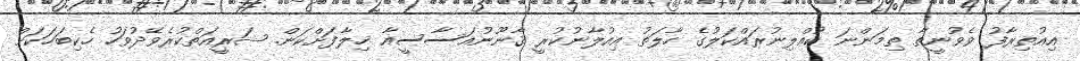
އިއުތިރާފު ވެވުނީތާ ތިމަންނަ ކުއްލިނުރައްކަލުގެ ހާލަތު އިއުލާނުކުރީ ޤާނޫނުއަސާސީއާ ޚިލާފަށްކަން. ޝަރީއަތްކުރެވޭދުވަހު ހެކިބަހަކަށް